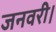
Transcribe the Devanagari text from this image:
जनवरी।